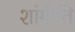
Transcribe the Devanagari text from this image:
शांर्गीति